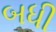
બધી